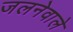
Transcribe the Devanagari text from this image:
जलनेवाले